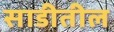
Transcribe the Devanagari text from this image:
साडीतील